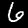
Digit: 6